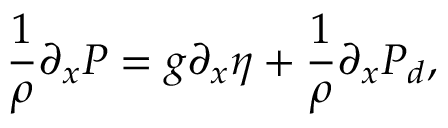
\frac { 1 } { \rho } \partial _ { x } P = g \partial _ { x } \eta + \frac { 1 } { \rho } \partial _ { x } P _ { d } ,